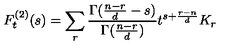
F _ { t } ^ { ( 2 ) } ( s ) = \sum _ { r } \frac { \Gamma ( \frac { n - r } { d } - s ) } { \Gamma ( \frac { n - r } { d } ) } t ^ { s + \frac { r - n } { d } } K _ { r }